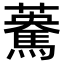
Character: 𩤯